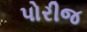
પોરીજ